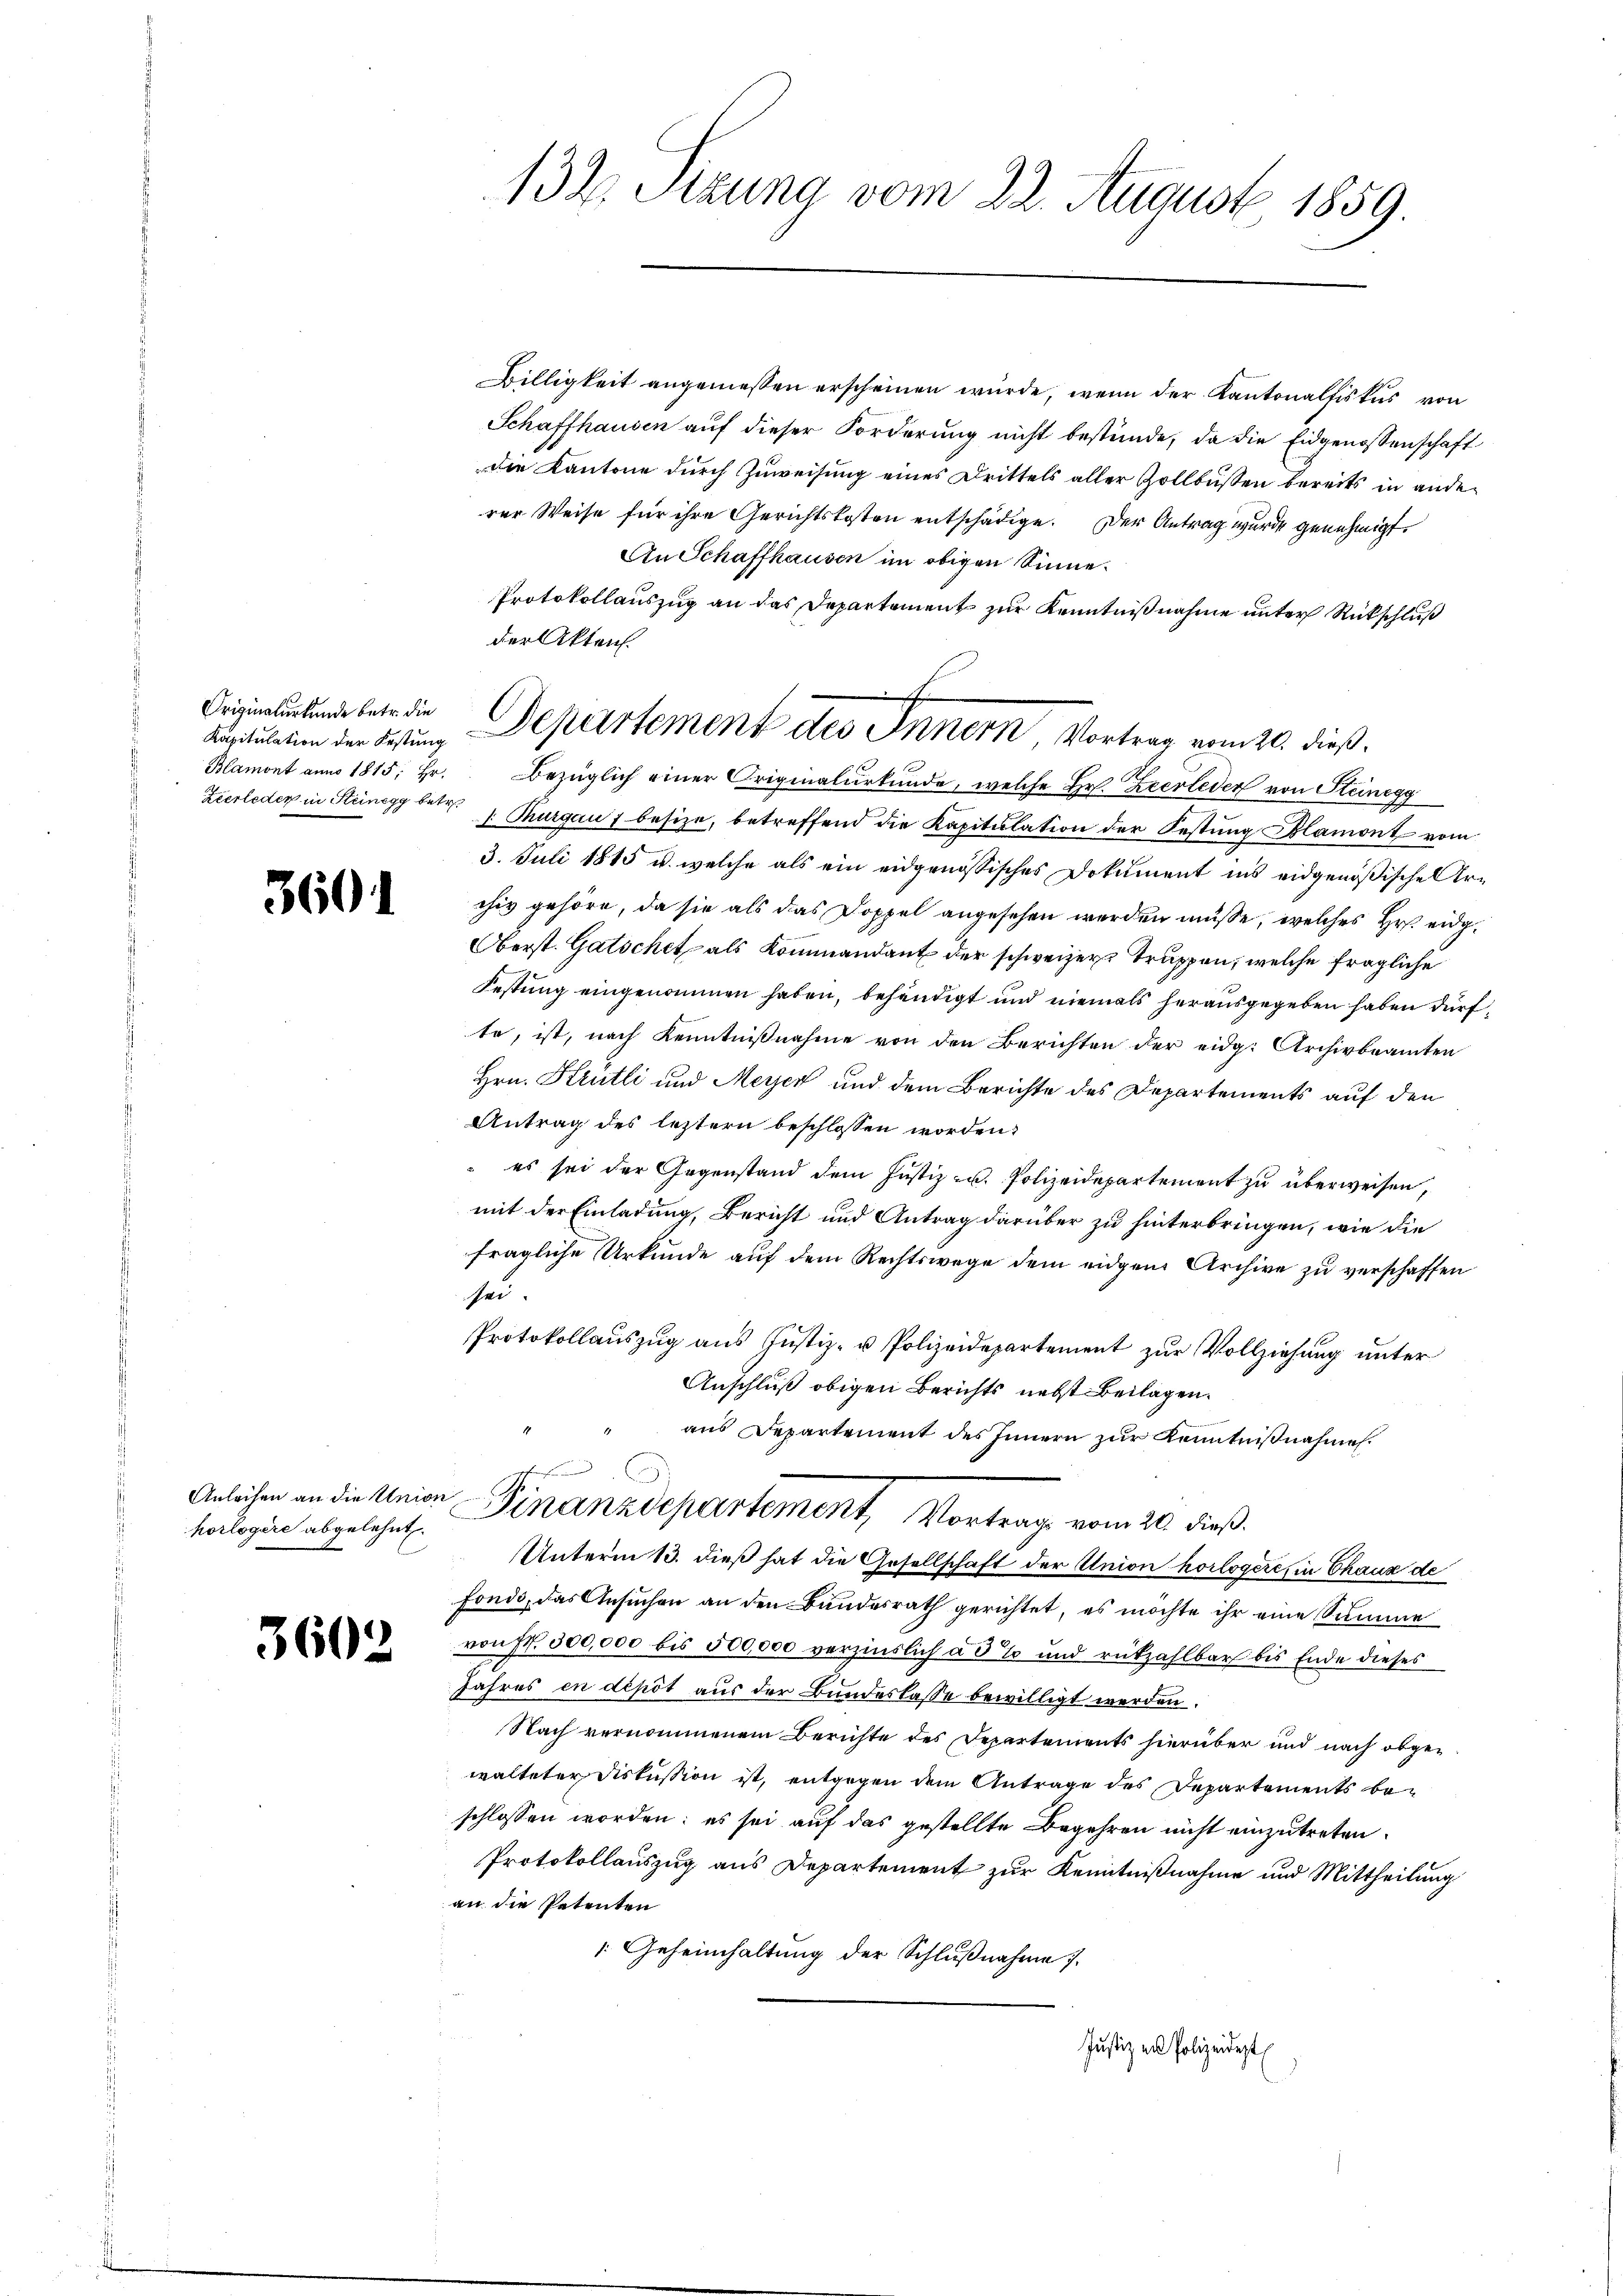
Originalurkunde betr. die
Kapitulation der Festung
Zeerleder in Steinegg betr.

3601

Anleihen an die Union
horlogere abgelehnt.

3602

132. Sitzung vom 22. August 1859.

Billigkeit angemessen erscheinen würde, wenn der Kantonalfiskus von
Schaffhausen auf dieser Forderung nicht bestünde, da die Eidgenossenschaft
die Kantone durch Zuweisung eines Drittels aller Zollbüssen bereits in anden
rer Weise für ihre Gerichtskosten entschädige. Der Antrag wurde genehmigt.
An Schaffhausen im obigen Sinne.
Protokollauszug an das Departement zur Kenntnißnahme unter Rückschluß
der Akten.
Blamont anno 1815. Hr. Bezüglich einer Originalurkunde, welche Hr. Zeerleder von Steinegg
I Thurgau 7 besize, betreffend die Kapitulation der Festung Blamont vom
3. Juli 1815 u. welche als ein eidgenössisches Dokument ins eidgenößische Archiv gehöre, da sie als das Doppel angesehen werden müße, welches Hr. eidg¬
Oberst. Gatschet, als Kommandant der schweizers Truppen, welche fragliche
Festung eingenommen haben, behändigt und niemals herausgegeben haben dürfte, ist, nach Kenntnißnahme von den Berichten der eidg. Archivbeamten
Hrn. Krutti und Meyer und dem Berichte des Departements auf den
Antrag des letztern beschlossen worden?
es sei der Gegenstand dem Justiz- u. Polizeidepartement zu überweisen,
mit der Einladung, Bericht und Antrag darüber zu hinterbringen, wie die
fragliche Urkunde auf dem Rechtswege dem eidgen Archive zu verschaffen
zu.
Protokollauszug aus Justiz- u Polizeidepartement zur Vollziehung unter
Anschluß obigen Berichts nebst Beilagen.
aus Departement des Innern zur Kenntnißnahme.
A
Finanzdepartement, Vortrag vom 20. dieß.
Unterm 13. dieß hat die Gesellschaft der Union horlogere, in Chaux de
fondo, das Ansuchen an den Bundesrath gerichtet, es möchte ihr eine Summe
von fr. 500,000 bis 500,000 verzinslich à 3% und rükzahlbar bis Ende dieses
Jahres en dépôt aus der Bundeslasse bewilligt werden.
Nach vernommenem Berichte des Departements hierüber und nach abgewalteter Diskussion ist, entgegen dem Antrage des Departements beschlossen worden; es sei auf das gestellte Begehren nicht einzutreten.
Protokollauszug aus Departement zur Kenntnißnahme und Mittheilung
an die Petenten
 Geheimhaltung der Schlußnahme
Justiz ans Polizeidest

Departement des Innern, Vortrag vom 20. dieß.